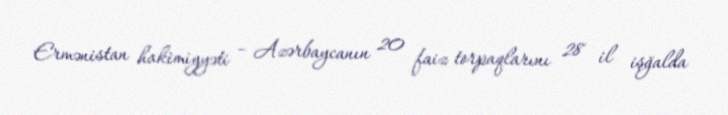
Ermənistan hakimiyyəti – Azərbaycanın 20 faiz torpaqlarını 28 il işğalda